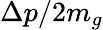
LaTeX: \Delta p/2m_{g}